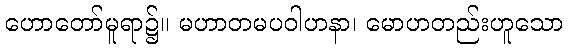
ဟောတော်မူရာ၌။ မဟာတမပဝါဟနာ၊ မောဟတည်းဟူသော